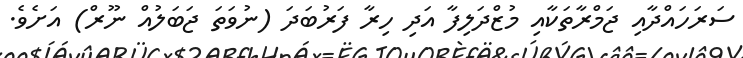
ސަރަހައްދާއި ޖަމްރާތަކާއި މުޒްދަލިފާ އަދި ހިރާ ފަރުބަދަ (ނުވަތަ ޖަބަލުއް ނޫރް) އަށެވެ.